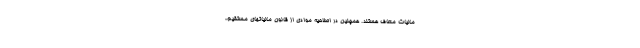
مالیات معاف هستند. همچنین در اصلاحیه موادی از قانون مالیاتهای مستقیم،